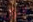
لانزال